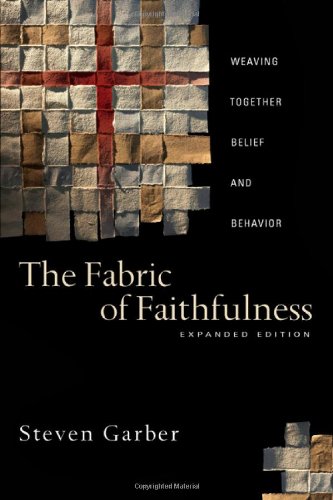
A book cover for The Fabric of Faithfulness: Weaving Together Belief and Behavior; Steven Garber; Crafts, Hobbies & Home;